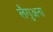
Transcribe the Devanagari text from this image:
लैगुअना